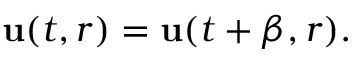
{ \bf u } ( t , r ) = { \bf u } ( t + \beta , r ) .